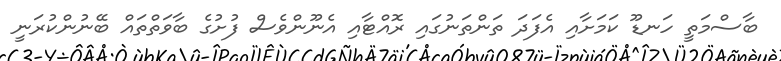
ބާސްމަތީ ހަނޑޫ ކަމަށާއި އެފަދަ ތަންތަނުގައި ރޮއްޓާއި އެނޫންވެސް ފުށުގެ ބާވަތްތައް ބޭނުންކުރަނީ